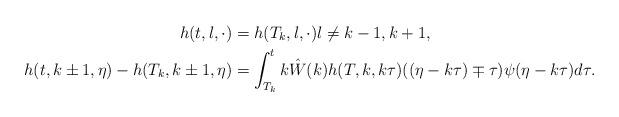
LaTeX: \begin{align*} h(t, l, \cdot) &= h (T_{k},l,\cdot) l\neq k-1,k+1, \\ h(t,k\pm 1, \eta)- h(T_k,k\pm 1, \eta)&= \int_{T_k}^t k \hat{W}(k) h(T,k,k\tau) ((\eta-k\tau)\mp \tau) \psi(\eta-k\tau) d\tau. \end{align*}